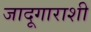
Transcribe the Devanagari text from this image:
जादूगाराशी